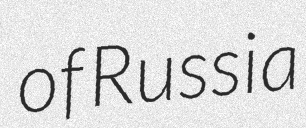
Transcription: of Russia